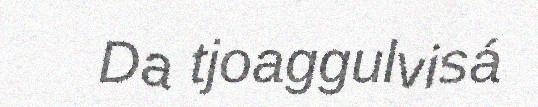
Da tjoaggulvisá